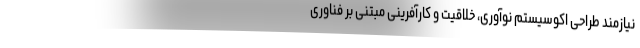
نیازمند طراحی اکوسیستم نوآوری، خلاقیت و کارآفرینی مبتنی بر فناوری